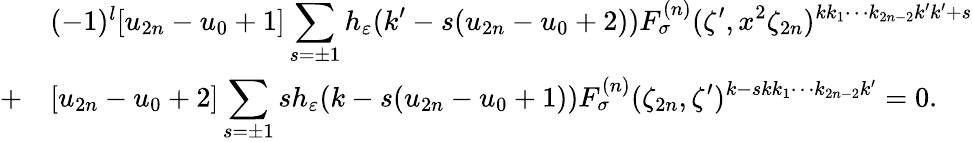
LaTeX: \begin{array}{cl}{{}}&{{(-1)^{l}\mathrm{[}u_{2n}-u_{0}+1\mathrm{]}\displaystyle\sum_{s=\pm 1}h_{\varepsilon}(k^{\prime}-s(u_{2n}-u_{0}+2))F_{\sigma}^{(n)}(\zeta^{\prime},x^{2}\zeta_{2n})^{kk_{1}\cdots k_{2n-2}k^{\prime}k^{\prime}+s}}}\\ {{+}}&{{\mathrm{[}u_{2n}-u_{0}+2\mathrm{]}\displaystyle\sum_{s=\pm 1}sh_{\varepsilon}(k-s(u_{2n}-u_{0}+1))F_{\sigma}^{(n)}(\zeta_{2n},\zeta^{\prime})^{k-skk_{1}\cdots k_{2n-2}k^{\prime}}=0.}}\end{array}